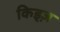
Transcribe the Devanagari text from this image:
किड्ज़